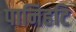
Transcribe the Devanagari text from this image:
पानिहटि